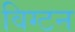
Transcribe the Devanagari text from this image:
विग्टन